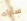
سأراه